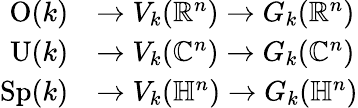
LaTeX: {\begin{array}{rl}{\mathrm{O}(k)}&{\to V_{k}(\mathbb{R}^{n})\to G_{k}(\mathbb{R}^{n})}\\ {\mathrm{U}(k)}&{\to V_{k}(\mathbb{C}^{n})\to G_{k}(\mathbb{C}^{n})}\\ {\mathrm{Sp}(k)}&{\to V_{k}(\mathbb{H}^{n})\to G_{k}(\mathbb{H}^{n})}\end{array}}